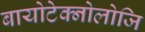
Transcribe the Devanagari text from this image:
बायोटेक्नोलोजि